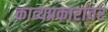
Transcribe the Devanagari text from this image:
काव्यप्रकारांवर